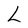
Character: L